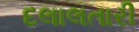
દલાલતારી